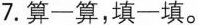
7.算一算，填一填。